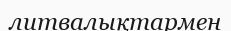
литвалықтармен